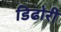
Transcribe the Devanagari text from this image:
डिढोरी